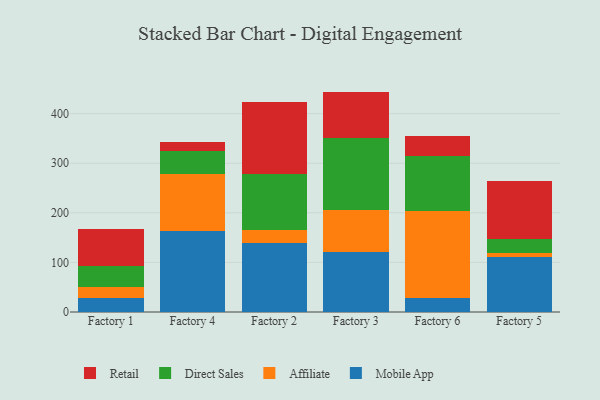
{"axis": {"x": "Factory", "y": "Satisfaction Score"}, "legend": ["Affiliate", "Direct Sales", "Mobile App", "Retail"], "data": [{"x": "Factory 1", "y": 28.4, "type": "Mobile App"}, {"x": "Factory 1", "y": 21.1, "type": "Affiliate"}, {"x": "Factory 1", "y": 43.3, "type": "Direct Sales"}, {"x": "Factory 1", "y": 74.1, "type": "Retail"}, {"x": "Factory 4", "y": 163.5, "type": "Mobile App"}, {"x": "Factory 4", "y": 114.1, "type": "Affiliate"}, {"x": "Factory 4", "y": 47.2, "type": "Direct Sales"}, {"x": "Factory 4", "y": 17.2, "type": "Retail"}, {"x": "Factory 2", "y": 138.3, "type": "Mobile App"}, {"x": "Factory 2", "y": 26.5, "type": "Affiliate"}, {"x": "Factory 2", "y": 113.4, "type": "Direct Sales"}, {"x": "Factory 2", "y": 146.2, "type": "Retail"}, {"x": "Factory 3", "y": 121.3, "type": "Mobile App"}, {"x": "Factory 3", "y": 84.4, "type": "Affiliate"}, {"x": "Factory 3", "y": 144.2, "type": "Direct Sales"}, {"x": "Factory 3", "y": 94.5, "type": "Retail"}, {"x": "Factory 6", "y": 29.2, "type": "Mobile App"}, {"x": "Factory 6", "y": 174.1, "type": "Affiliate"}, {"x": "Factory 6", "y": 110.4, "type": "Direct Sales"}, {"x": "Factory 6", "y": 41.2, "type": "Retail"}, {"x": "Factory 5", "y": 111.7, "type": "Mobile App"}, {"x": "Factory 5", "y": 6.8, "type": "Affiliate"}, {"x": "Factory 5", "y": 29.0, "type": "Direct Sales"}, {"x": "Factory 5", "y": 116.3, "type": "Retail"}]}